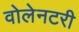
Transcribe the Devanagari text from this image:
वोलेनटरी